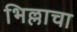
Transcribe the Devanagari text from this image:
भिल्लाचा